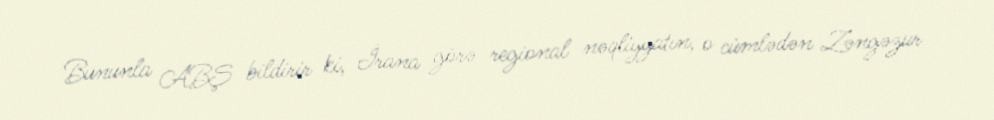
Bununla ABŞ bildirir ki, İrana görə regional nəqliyyatın, o cümlədən Zəngəzur